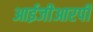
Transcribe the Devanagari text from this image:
आईजीआरपी